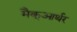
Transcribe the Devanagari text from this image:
मैक्‌आर्थर